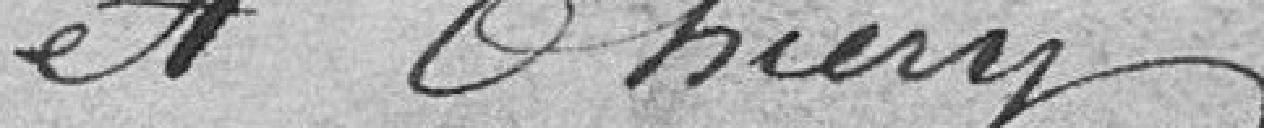
et Thiéry